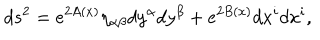
LaTeX: d s ^ { 2 } = e ^ { 2 A ( x ) } \eta _ { \alpha \beta } d y ^ { \alpha } d y ^ { \beta } + e ^ { 2 B ( x ) } d x ^ { i } d x ^ { i } ,